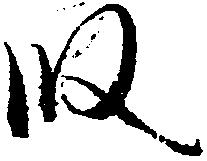
段